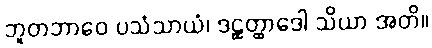
ဘူတဘာဝေ ပသံသာယံ၊ ဒဠှတ္ထာဒေါ သိယာ အတိ။